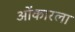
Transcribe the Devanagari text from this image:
ओंकारला